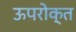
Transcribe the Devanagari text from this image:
ऊपरोक्त